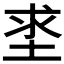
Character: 𡌊